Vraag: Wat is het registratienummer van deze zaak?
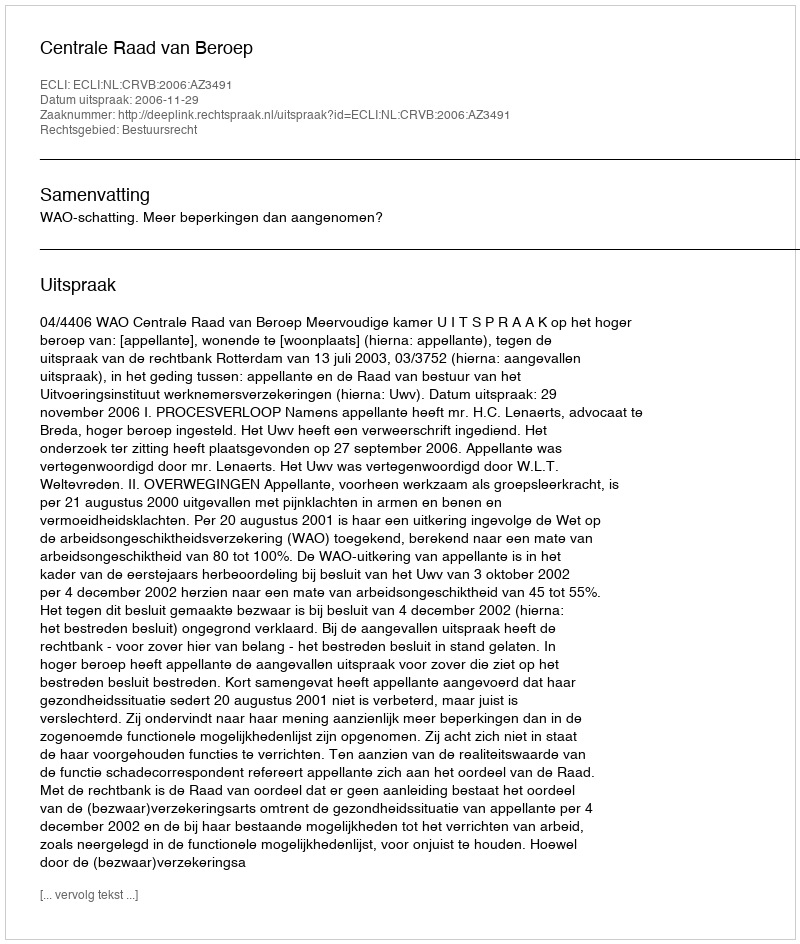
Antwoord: http://deeplink.rechtspraak.nl/uitspraak?id=ECLI:NL:CRVB:2006:AZ3491